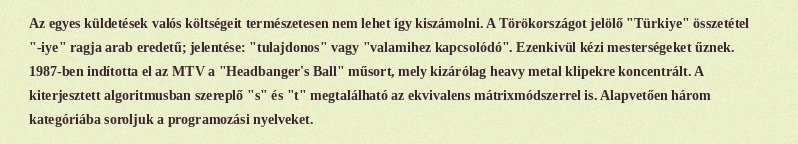
Az egyes küldetések valós költségeit természetesen nem lehet így kiszámolni. A Törökországot jelölő "Türkiye" összetétel "-iye" ragja arab eredetű; jelentése: "tulajdonos" vagy "valamihez kapcsolódó". Ezenkivül kézi mesterségeket űznek. 1987-ben indította el az MTV a "Headbanger's Ball" műsort, mely kizárólag heavy metal klipekre koncentrált. A kiterjesztett algoritmusban szereplő "s" és "t" megtalálható az ekvivalens mátrixmódszerrel is. Alapvetően három kategóriába soroljuk a programozási nyelveket.